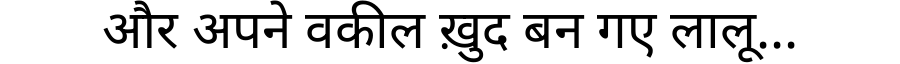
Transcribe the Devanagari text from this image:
और अपने वकील ख़ुद बन गए लालू...